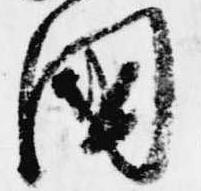
国